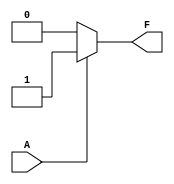
module single_variable_kmap (
    input wire A,   // Input variable
    output wire F   // Output variable
);

// K-map logic implementation
assign F = (A == 1'b0) ? F0 : F1; // F0 and F1 are predefined constants

// Define the outputs based on K-map filling
parameter F0 = 1'b0; // F(0) when A = 0
parameter F1 = 1'b1; // F(1) when A = 1

endmodule